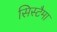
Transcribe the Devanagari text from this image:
सिस्टैमा